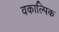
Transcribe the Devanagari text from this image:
वकाल्पिक